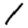
Digit: 1